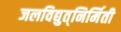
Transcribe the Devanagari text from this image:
जलविद्युत्‌निर्मिती